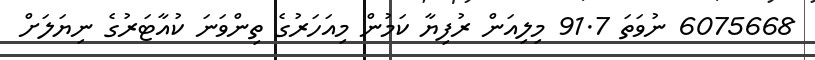
6075668 ނުވަަތަ 91.7 މިލިއަން ރުފިޔާ ކަމުން މިއަހަރުގެ ތިންވަނަ ކުއާޓަރުގެ ނިޔަލަށް